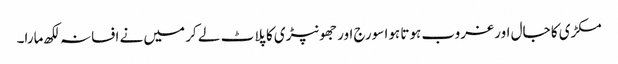
مکڑی کا جال اور غروب ہوتا ہوا سورج اور جھونپڑی کا پلاٹ لے کر میں نے افسانہ لکھ مارا۔